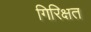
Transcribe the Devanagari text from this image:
गिरिक्षत